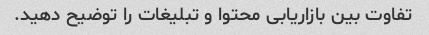
تفاوت بین بازاریابی محتوا و تبلیغات را توضیح دهید.